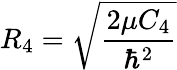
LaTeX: R_{4}=\sqrt{\frac{2\mu C_{4}}{\hbar^{2}}}